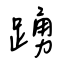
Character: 踴